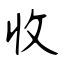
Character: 收